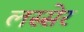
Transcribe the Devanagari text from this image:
लस्सेर